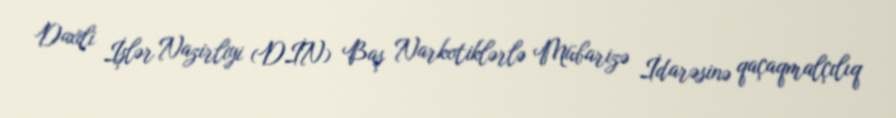
Daxili İşlər Nazirliyi (DİN) Baş Narkotiklərlə Mübarizə İdarəsinə qaçaqmalçılıq